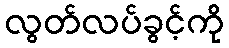
လွတ်လပ်ခွင့်ကို